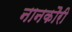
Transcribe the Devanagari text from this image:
नानकौरी